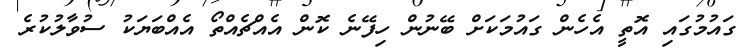
ގައުމުގައި އޮތީ އެހެން ގައުމަކަށް ބޭނުން ހިފޭނެ ކޮން އެއްޗެއްތޯ އެއްބަޔަކު ސުވާލުކުރެ